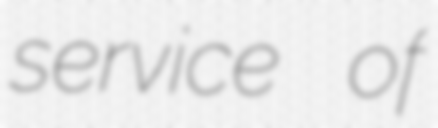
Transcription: service of